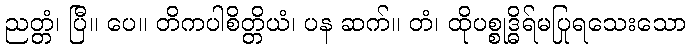
ညတ္တံ၊ ပြီ။ ပေ။ တိကပါစိတ္တိယံ၊ ပန ဆက်။ တံ၊ ထိုပစ္စုဒ္ဓိရ်မပြုရသေးသော